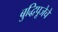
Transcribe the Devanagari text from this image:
बुद्धिपूजेचे